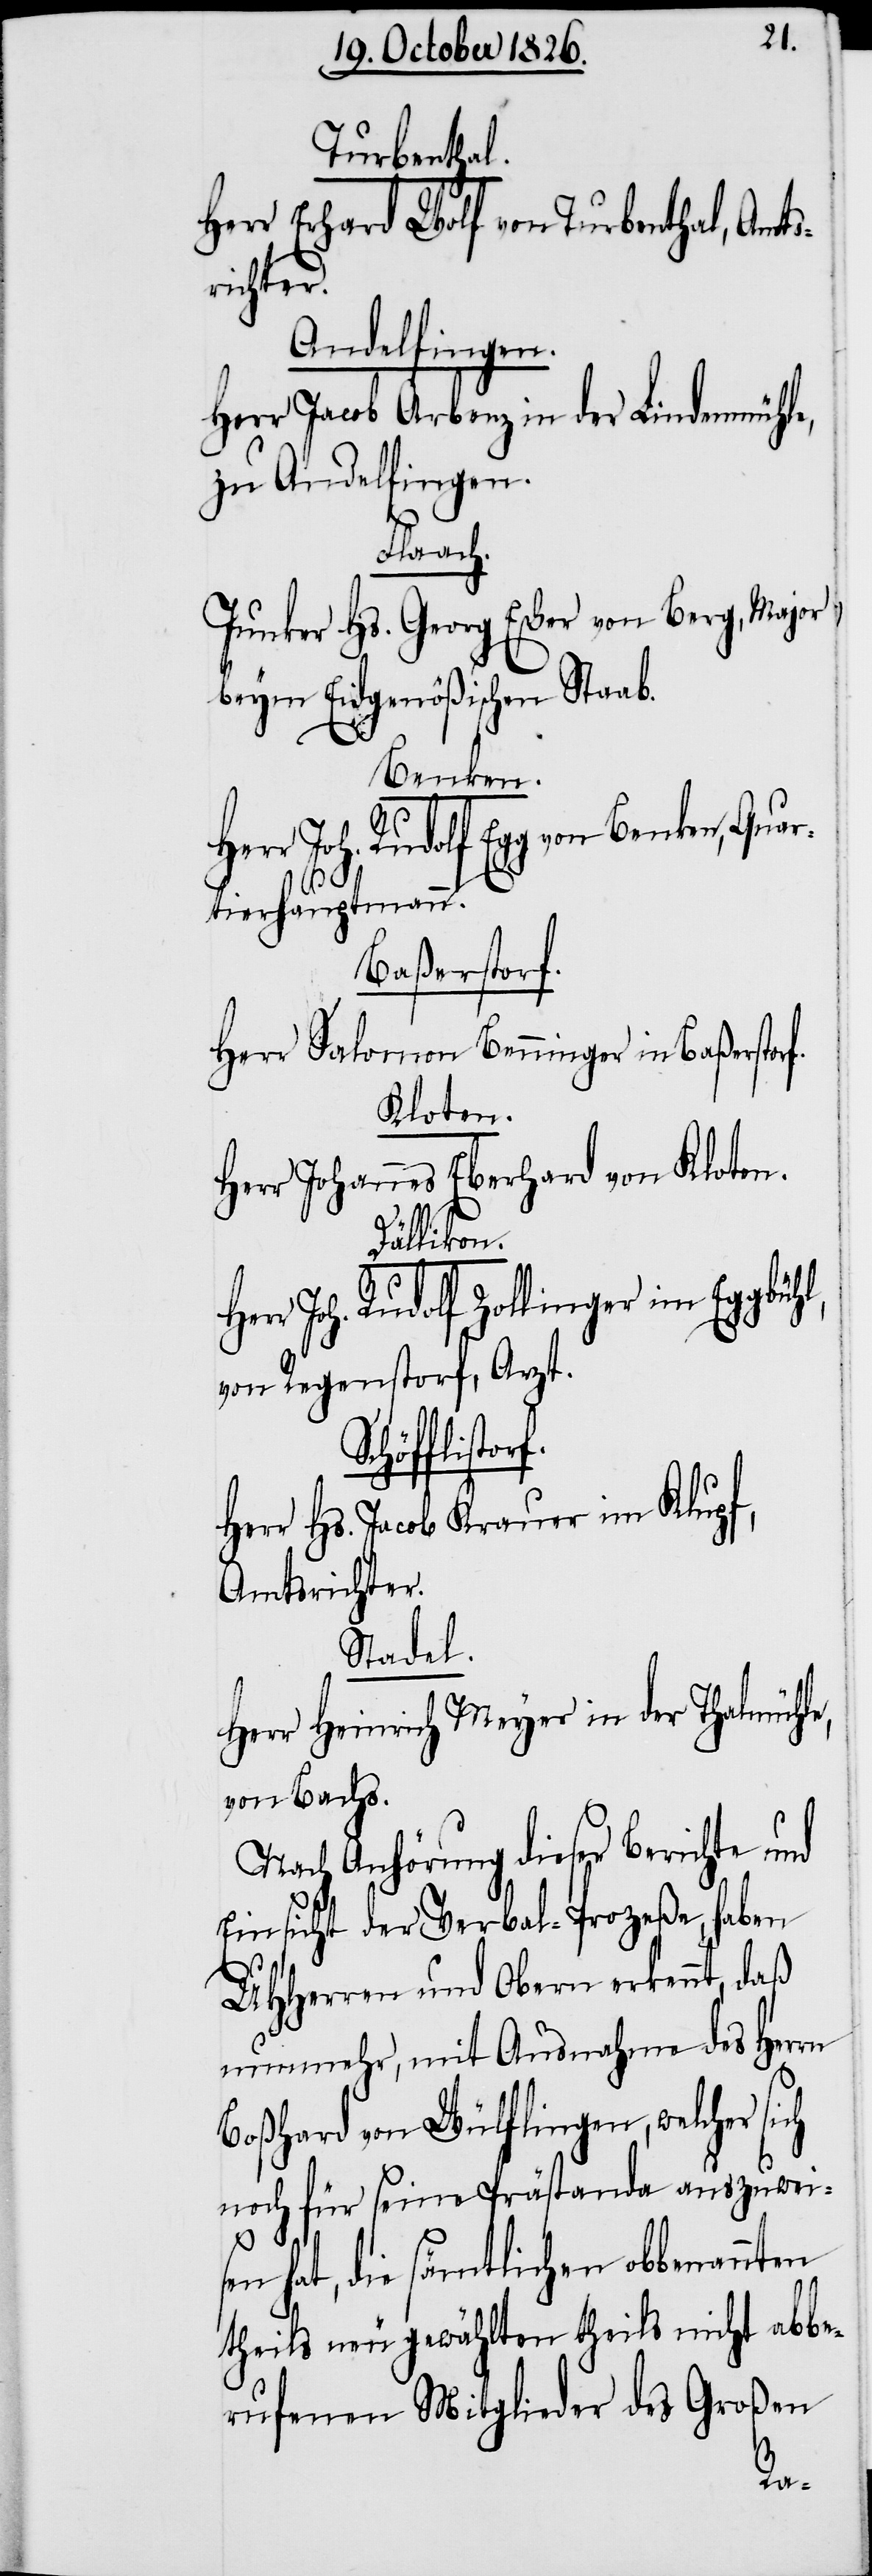
Turbenthal.
Herr Erhard Wolf von Turbenthal, Amts¬
richter.
Andelfingen.
Herr Jacob Arbenz in der Lindenmühle,
zu Andelfingen.
Flaach.
Junker Hs. Georg Escher von Berg, Major
beym Eidgenößischen Staab.
Benken,
rtierhauptmann.
Baßerstorf.
Herr Salomon Benninger in Baßerstorf.
Kloten.
Herr Johannes Eberhard von Kloten.
Dällikon.
r Joh. Rudolf Zollinger im Eggbühl,
von Regenstorf, Arzt.
Schöfflis¬
Herr Hs. Jacob Krauer im Klupf,
Amtsrichter.
Stadel.
ch
Herr Heinrich Meyer in der Thalmühle,
von Bachs.
Nach Anhörung dieser Berichte und
Einsicht der Verbal-Prozeße, haben
MHHerren und Obern erkennt, daß
nunmehr, mit Ausnahme des Herrn
Boßhard von Wülflingen, welcher si¬
noch für seine Prästanda auszuwei¬
s¬
en hat, die sämtlichen obbenannten
theils neu gewählten theils nicht abbe¬
rufenen Mitglieder des Großen
tor¬